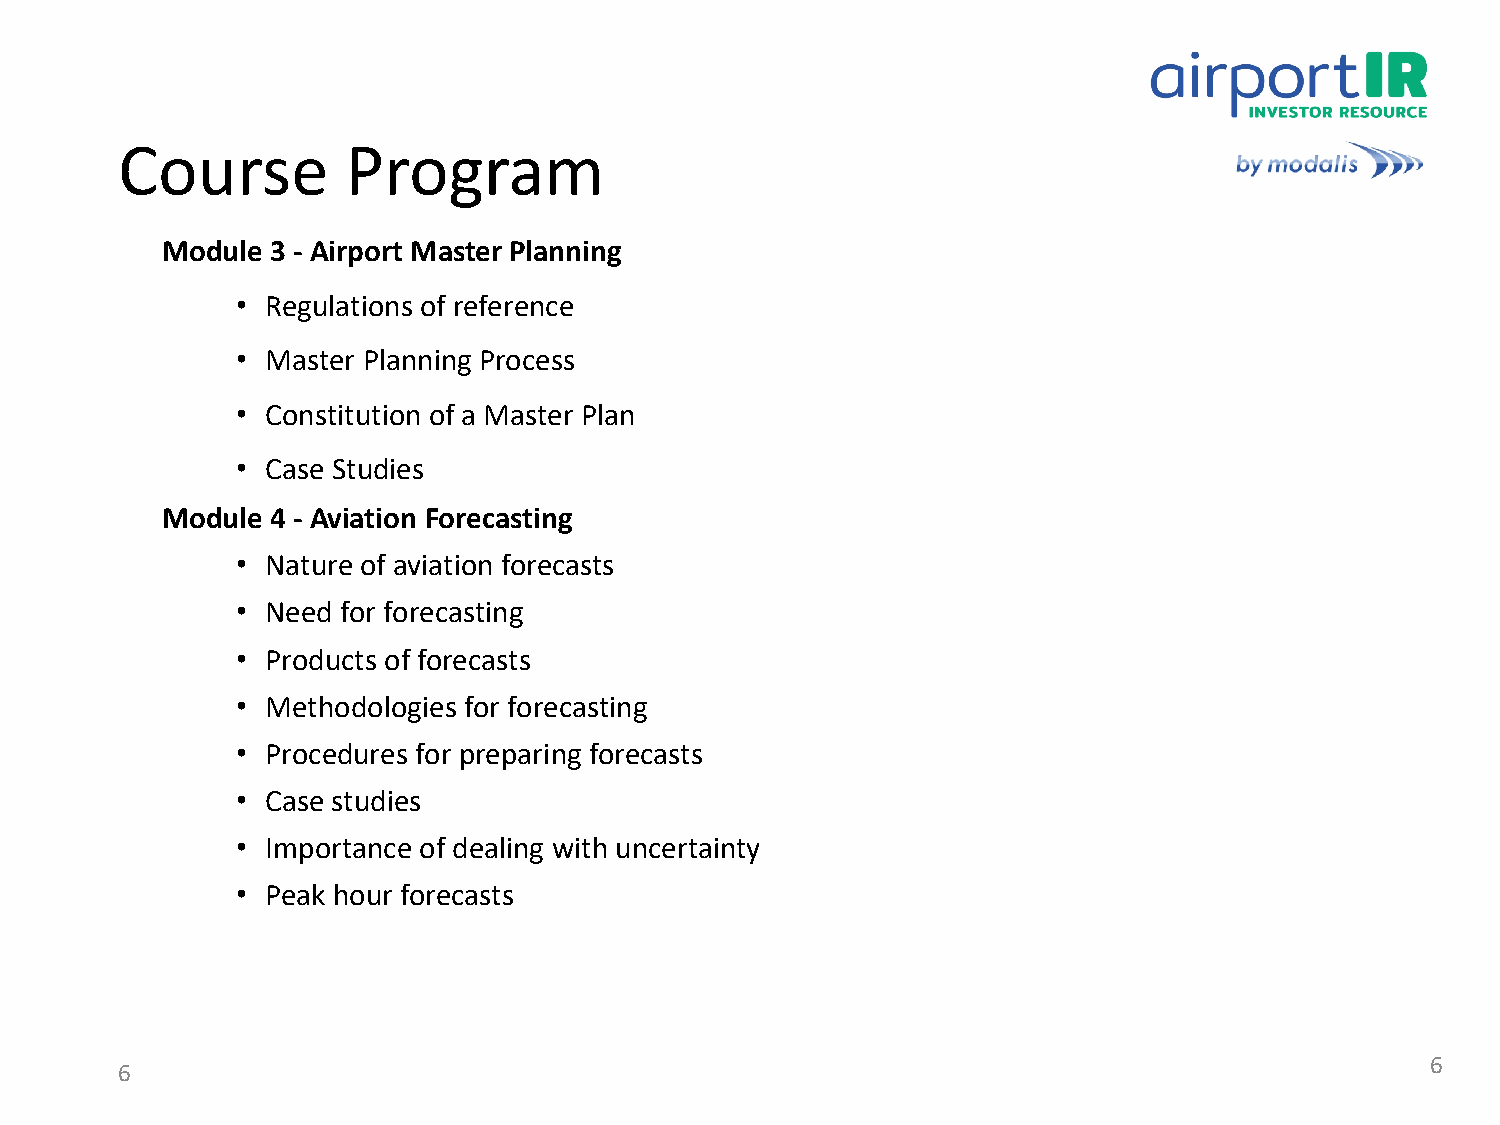
Course         Program
 Module 3 - Airport Master Planning
 • Regulations of reference
 • Master Planning Process
 • Constitution of a Master Plan
 • Case Studies
 Module 4 - Aviation Forecasting
 • Nature of aviation forecasts
 • Need for forecasting
 • Products of forecasts
 • Methodologies for forecasting
 • Procedures for preparing forecasts
 • Case studies
 • Importance of dealing with uncertainty
 • Peak hour forecasts
 6
 6